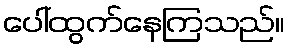
ပေါ်ထွက်နေကြသည်။